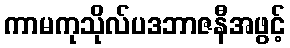
ကာမကုသိုလ်ပဒဘာဇနီအဖွင့်